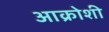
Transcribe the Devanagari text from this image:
आक्रोशी